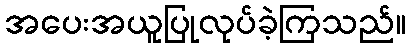
အပေးအယူပြုလုပ်ခဲ့ကြသည်။